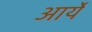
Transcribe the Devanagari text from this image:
आर्ये